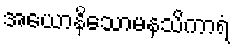
အယောနိသောမနသိကာရံ